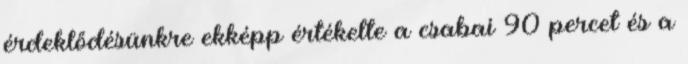
érdeklődésünkre ekképp értékelte a csabai 90 percet és a